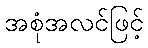
အစုံအလင်ဖြင့်